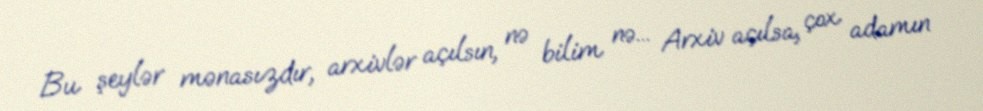
Bu şeylər mənasızdır, arxivlər açılsın, nə bilim nə... Arxiv açılsa, çox adamın